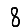
Digit: 8